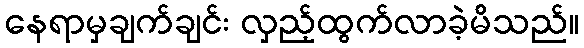
နေရာမှချက်ချင်း လှည့်ထွက်လာခဲ့မိသည်။